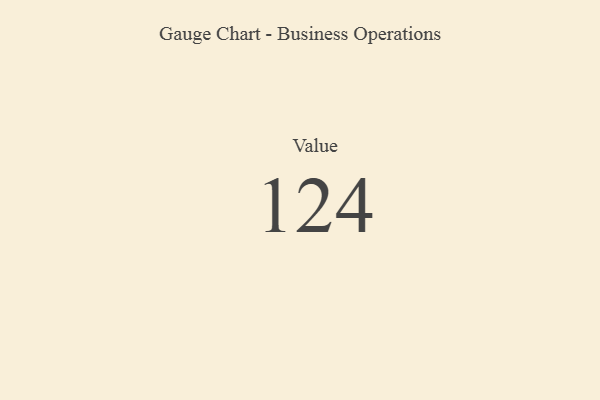
{"axis": {"x": "Metric", "y": "Value"}, "legend": [""], "data": [{"x": "Value", "y": 124, "type": ""}]}